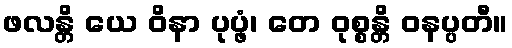
ဖလန္တိ ယေ ဝိနာ ပုပ္ဖံ၊ တေ ဝုစ္စန္တိ ဝနပ္ပတီ။